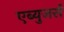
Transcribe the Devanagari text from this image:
एब्युजर्स